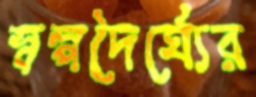
স্বল্পদৈর্ঘ্যের